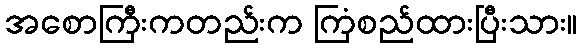
အစောကြီးကတည်းက ကြံစည်ထားပြီးသား။